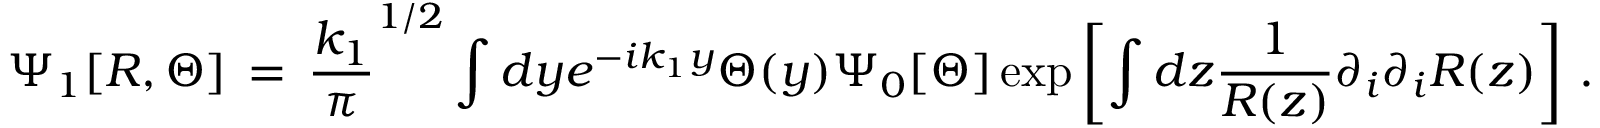
\Psi _ { 1 } [ R , \Theta ] \, = \, { \frac { k _ { 1 } } { \pi } } ^ { 1 / 2 } \int d y e ^ { - i k _ { 1 } y } \Theta ( y ) \Psi _ { 0 } [ \Theta ] \exp \left[ \int d z { \frac { 1 } { R ( z ) } } \partial _ { i } \partial _ { i } R ( z ) \right] \, .